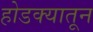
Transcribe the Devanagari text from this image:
होडक्यातून